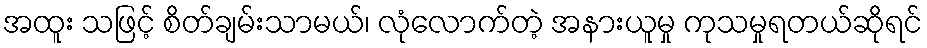
အထူး သဖြင့် စိတ်ချမ်းသာမယ်၊ လုံလောက်တဲ့ အနားယူမှု ကုသမှုရတယ်ဆိုရင်